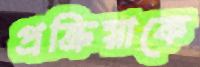
প্রক্রিয়াকে